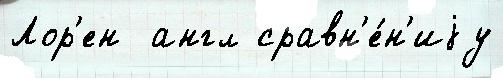
Лор'ен  англ сравн'е́н'иjу